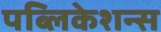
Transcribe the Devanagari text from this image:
पब्लिकेशन्‍स